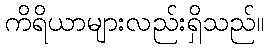
ကိရိယာများလည်းရှိသည်။